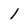
Character: 1